Riigikantselei, lk 32
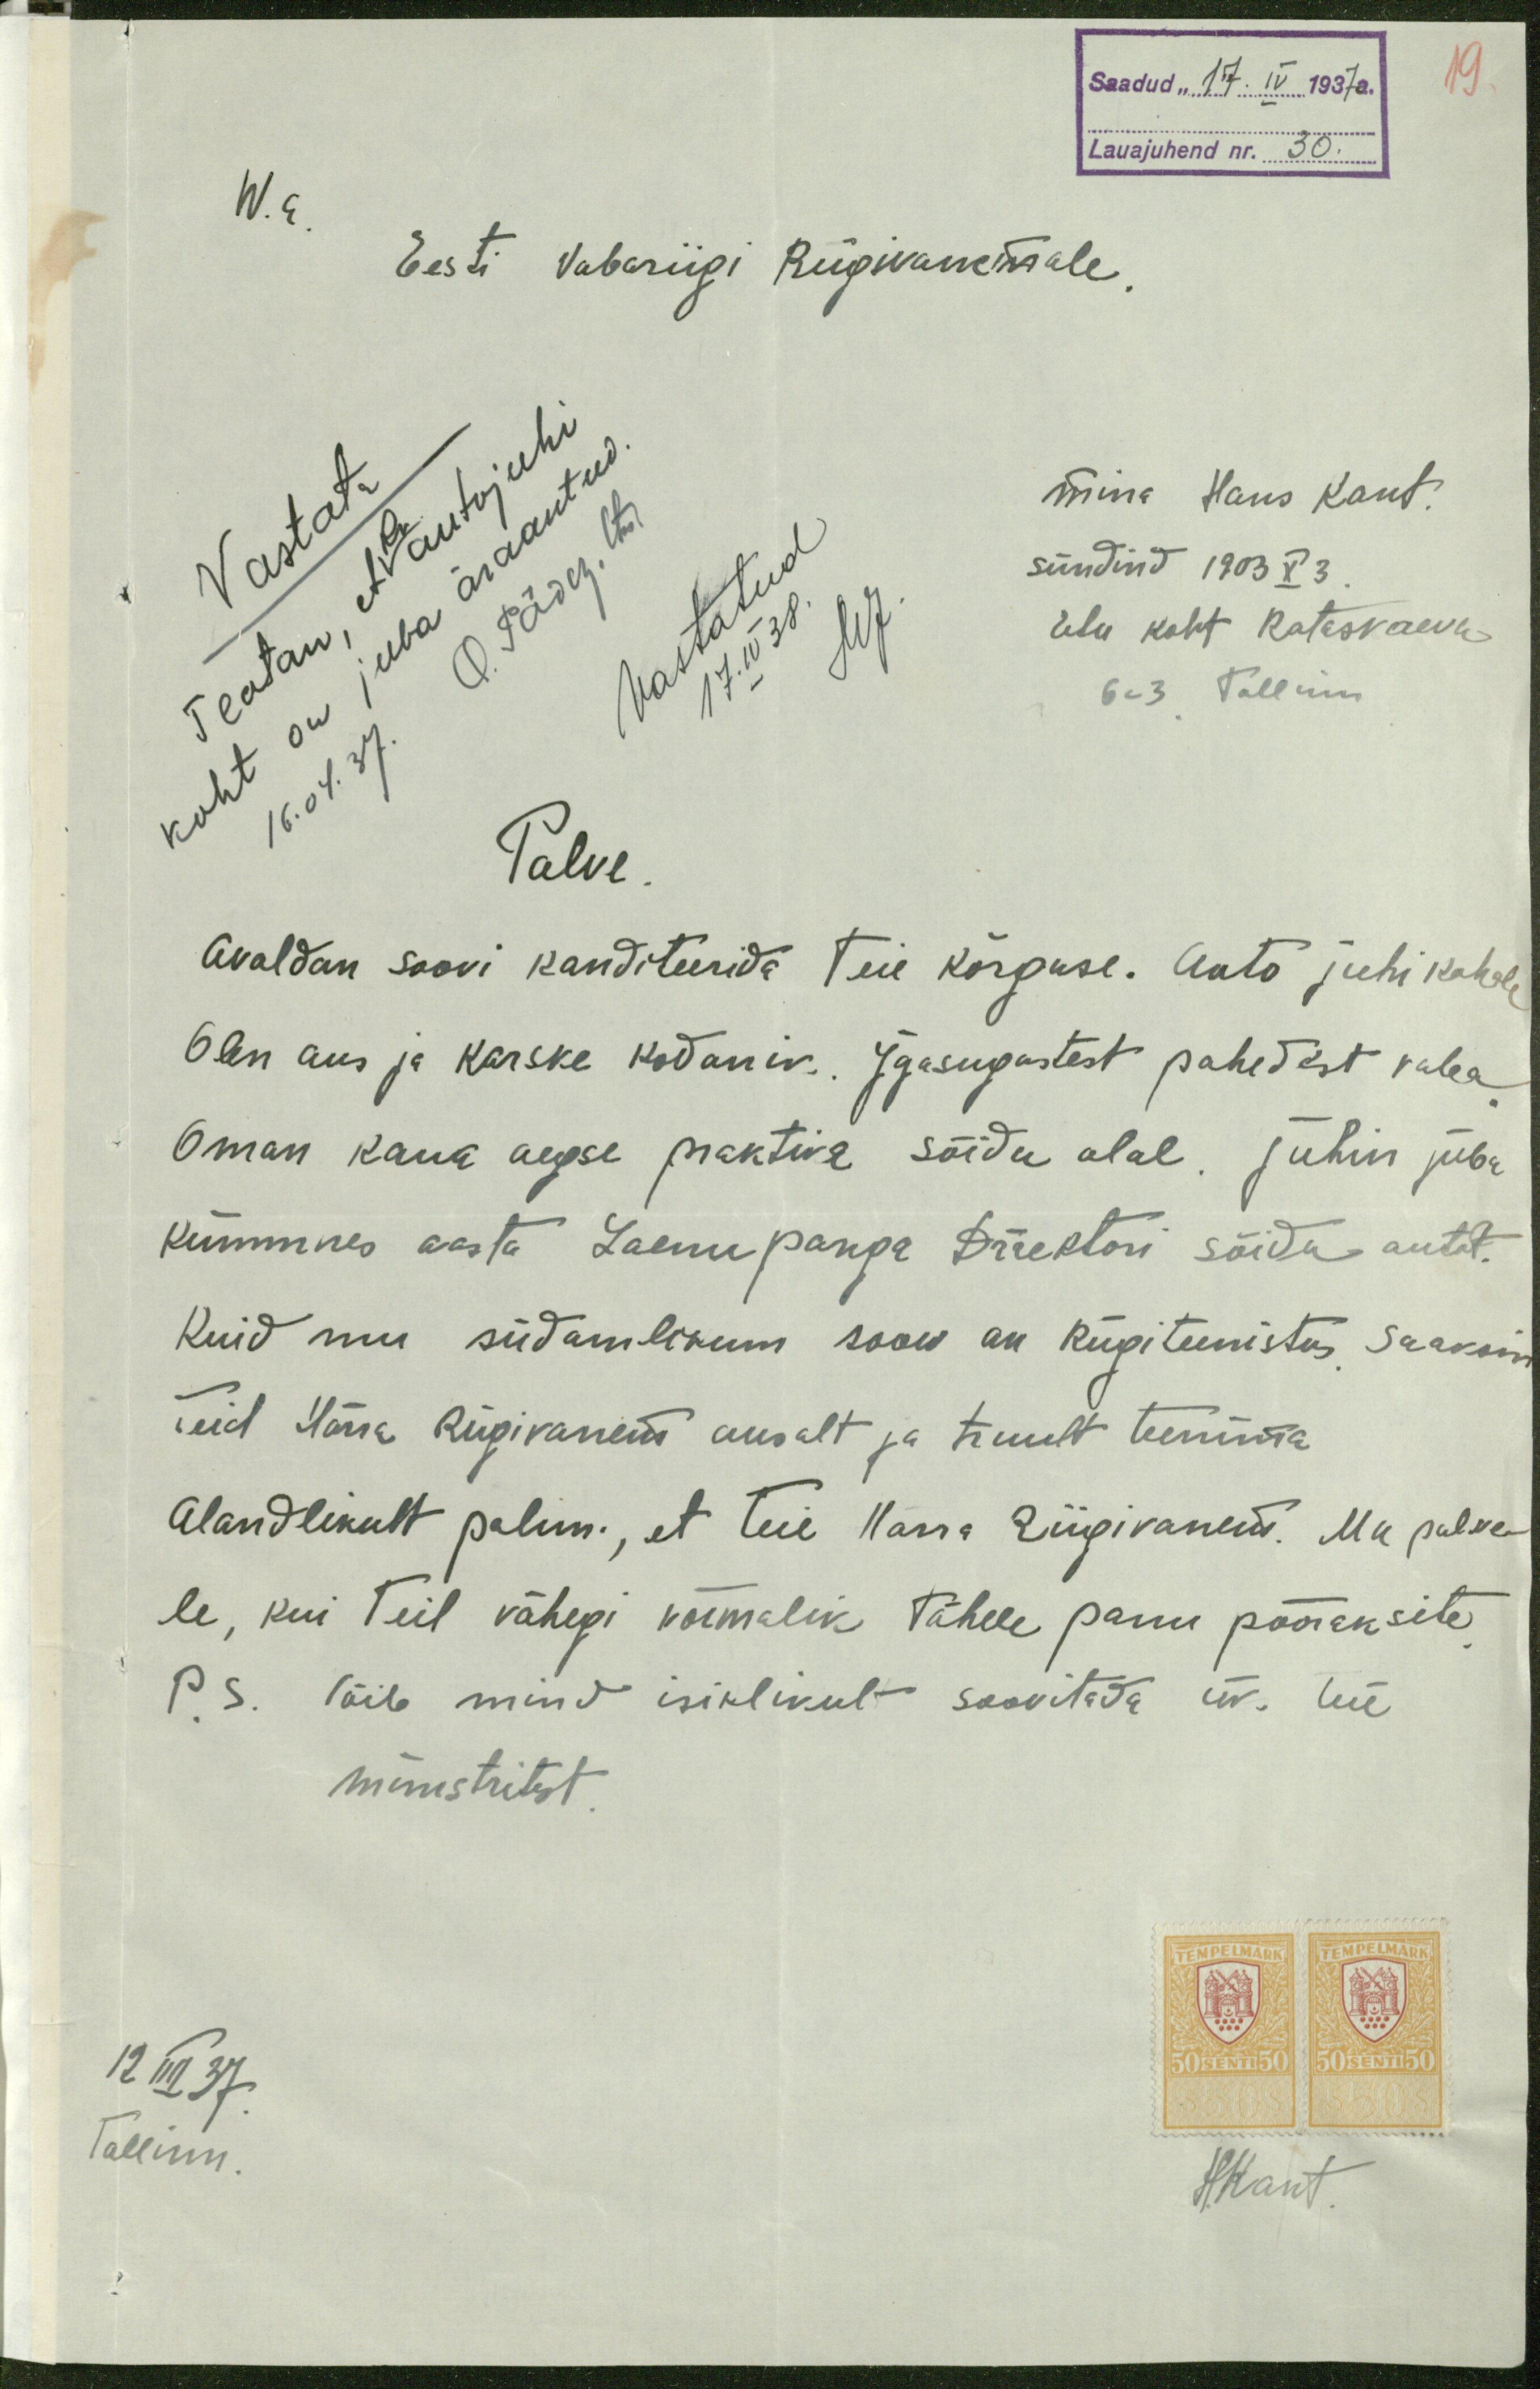
19
Saadud "17. IV 1937a.
Lauajuhend nr. 30.
W. a
Eesti Vabariigi Riigivanemale
Vastata
mina Hans Kant.
sündind 1903 X 3
vastatud.
17. IV 38.
Elu koht Rataskaevu
6 - 3 Tallinn
16. 04. 37.
Palve
Avaldan soovi kanditeerida Teie kõrguse. Auto juhi kohale
Olen aus ja karske kodanik. Igasugustest pahedest vaba
Oman kaua aegse praktika sõidu alal. Juhin juba
kümmnes aasta Laenupanga Direktori sõidu autot.
Kuid mu südamlikum soov on Riigiteenistus saaksin
Teid Härra Riigivanem ausalt ja truult teeninta
Alandlikult palun., et Teie Harra Riigivanem. Mu palve-
le, kui Teil vähegi võimalik tähele panu pööraksite
P. S. Võib mind isiklikult soovitada üks Teie
ministritest

12 IIII 37.
Tallinn.

HKant.